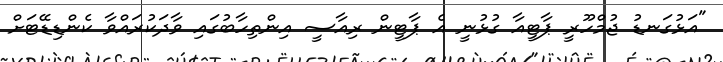
"އަޅުގަނޑު ޖުމްހޫރީ ޕާޓީއާ ގުޅުނީ އެ ޕާޓީން ރިއާސީ އިންތިހާބުގައި ވާދަކުރައްވާ ކެންޑިޑޭޓަށް